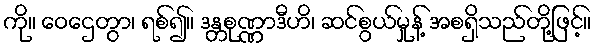
ကို။ ဝေဌေတွာ၊ ရစ်၍။ ဒန္တစုဏ္ဏာဒီဟိ၊ ဆင်စွယ်မှုန့် အစရှိသည်တို့ဖြင့်။